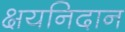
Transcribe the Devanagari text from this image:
क्षयनिदान